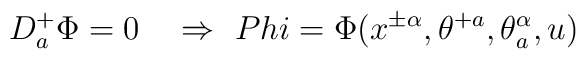
D^+_a \Phi = 0  \ \ \ \Rightarrow \ \ \\Phi=\Phi(x^{\pm\alpha},\theta^{+ a}, \theta^\alpha_a, u)